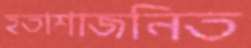
হতাশাজনিত